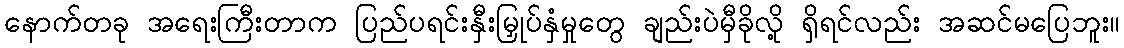
နောက်တခု အရေးကြီးတာက ပြည်ပရင်းနှီးမြှုပ်နှံမှုတွေ ချည်းပဲမှီခိုလို့ ရှိရင်လည်း အဆင်မပြေဘူး။